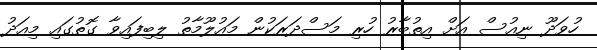
ހުވަދޫ ނިއުސް އަށް އިތުބާރު ހުރި މަސްދަރަކުން މައުލޫމާތު ލިބިފައިވާ ގޮތުގައި މިއަދު